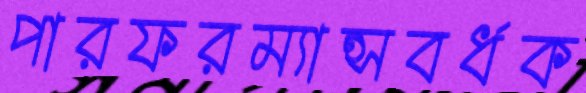
পারফরম্যান্সবর্ধক